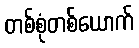
တစ်စုံတစ်ယောက်